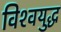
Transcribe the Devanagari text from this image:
विश्‍वयुद्ध